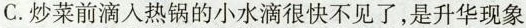
C.炒菜前滴入热锅的小水滴很快不见了，是升华现象